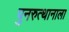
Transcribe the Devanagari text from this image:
पुनरुत्थानाला